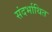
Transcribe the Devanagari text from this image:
संदर्भाथित